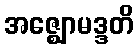
အဇ္ဈောမဒ္ဒတိ